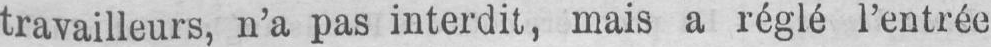
travailleurs, n’a pas interdit, mais a réglé l’entrée